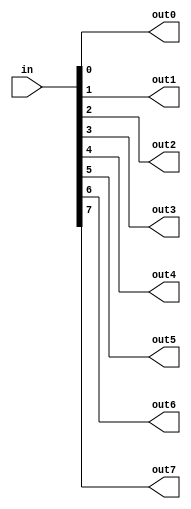
// This program was cloned from: https://github.com/lvyitian/public_personal_files
// License: Creative Commons Zero v1.0 Universal

module TC_Splitter8 (in, out0, out1, out2, out3, out4, out5, out6, out7);
    parameter UUID = 0;
    parameter NAME = "";
    input [7:0] in;
    output out0;
    output out1;
    output out2;
    output out3;
    output out4;
    output out5;
    output out6;
    output out7;
    
    assign {out7, out6, out5, out4, out3, out2, out1, out0} = in;
endmodule